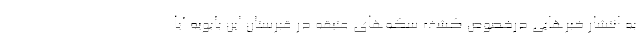
به انتشار خبرهایی درخصوص کشف سکه‌های عتیقه در قبرستان ابن بابویه آیا